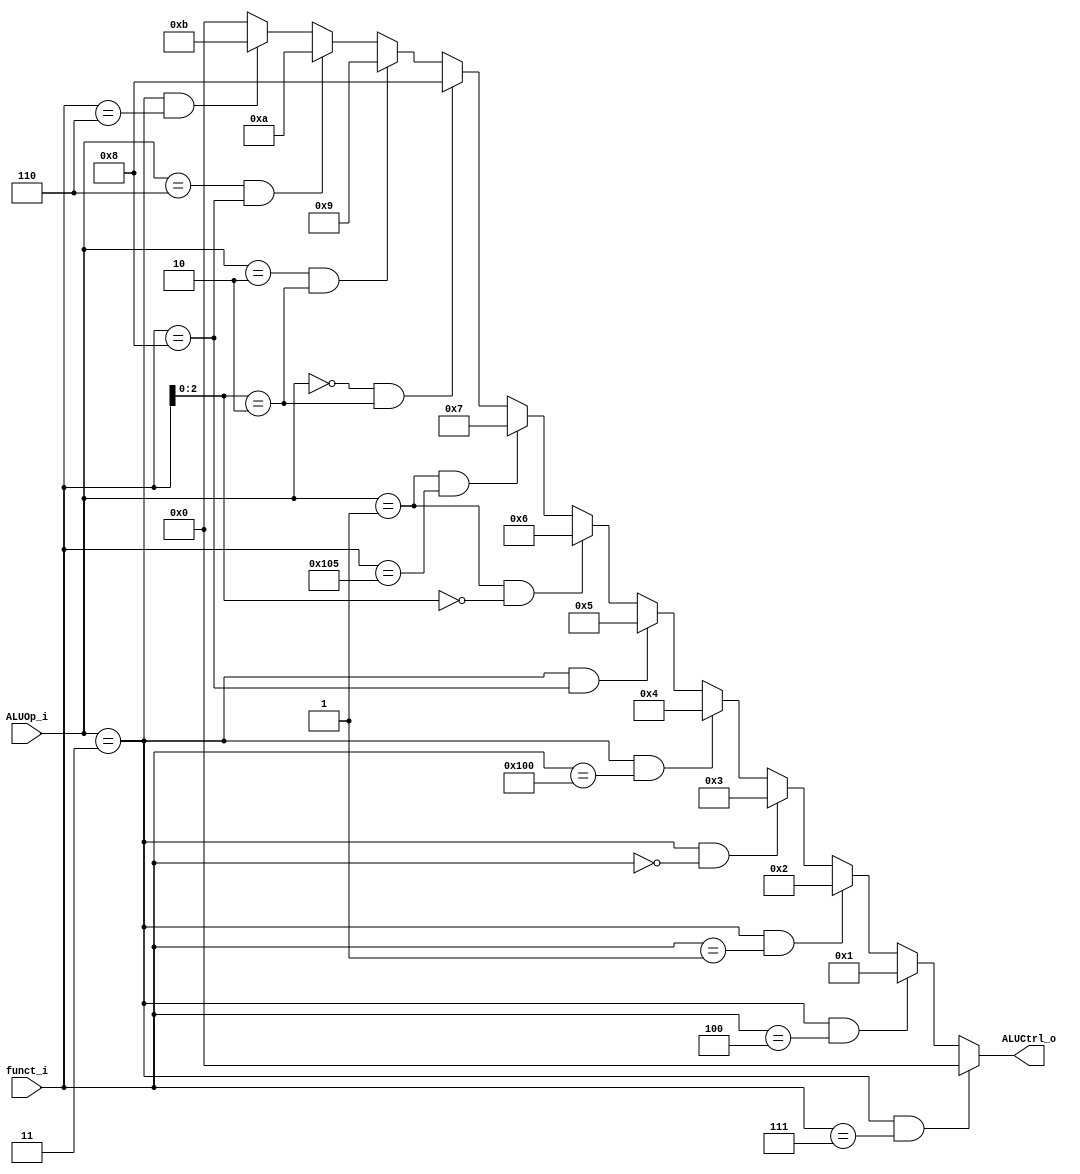
module ALU_Control
(
    funct_i,
    ALUOp_i,
    ALUCtrl_o
);

input [9:0] funct_i;
input [2:0] ALUOp_i;
output [3:0] ALUCtrl_o;

assign ALUCtrl_o =  (ALUOp_i == 3'b011 && funct_i == 10'b0000000111) ? 4'b0000 :
                    (ALUOp_i == 3'b011 && funct_i == 10'b0000000100) ? 4'b0001 :
                    (ALUOp_i == 3'b011 && funct_i == 10'b0000000001) ? 4'b0010 :
                    (ALUOp_i == 3'b011 && funct_i == 10'b0000000000) ? 4'b0011 :
                    (ALUOp_i == 3'b011 && funct_i == 10'b0100000000) ? 4'b0100 :
                    (ALUOp_i == 3'b011 && funct_i == 10'b0000001000) ? 4'b0101 :
                    (ALUOp_i == 3'b001 && funct_i[2:0]   ==  3'b000) ? 4'b0110 :
                    (ALUOp_i == 3'b001 && funct_i == 10'b0100000101) ? 4'b0111 :
                    (ALUOp_i == 3'b000 && funct_i[2:0] == 3'b010)    ? 4'b1000 :
                    (ALUOp_i == 3'b010 && funct_i[2:0] == 3'b010)    ? 4'b1001 :
                    (ALUOp_i == 3'b110 && funct_i == 10'b0000001000) ? 4'b1010 :
                    (ALUOp_i == 3'b011 && funct_i == 10'b0000000110) ? 4'b1011 :
                    4'b0000;

endmodule